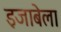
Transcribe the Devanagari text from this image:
इजाबेला